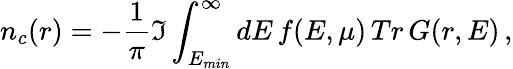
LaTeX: n_{c}(r)=-\frac{1}{\pi}\Im\int_{E_{min}}^{\infty}dE\, f(E,\mu)\, Tr\, G(r,E)\, ,